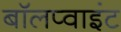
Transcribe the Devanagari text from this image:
बॉलप्वाइंट